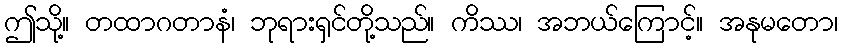
ဤသို့။ တထာဂတာနံ၊ ဘုရားရှင်တို့သည်။ ကိဿ၊ အဘယ်ကြောင့်။ အနုမတော၊